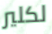
لكلير